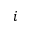
i